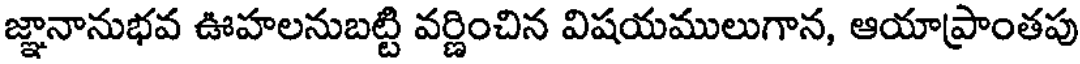
జ్ఞానానుభవ ఊహలనుబట్టి వర్ణించిన విషయములుగాన, ఆయాప్రాంతపు